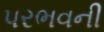
પરભવની